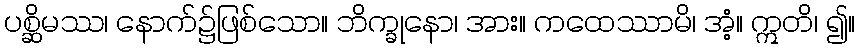
ပစ္ဆိမဿ၊ နောက်၌ဖြစ်သော။ ဘိက္ခုနော၊ အား။ ကထေဿာမိ၊ အံ့။ ဣတိ၊ ၍။